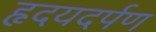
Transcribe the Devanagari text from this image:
हृदयदर्पण